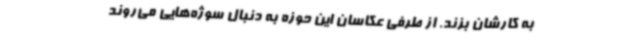
به کارشان بزند. از طرفی عکاسان این حوزه به دنبال سوژه‌هایی می‌روند